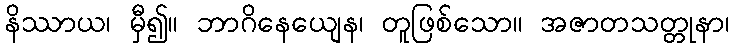
နိဿာယ၊ မှီ၍။ ဘာဂိနေယျေန၊ တူဖြစ်သော။ အဇာတသတ္တုနာ၊